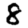
Digit: 8